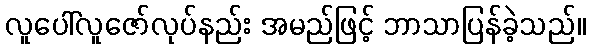
လူပေါ်လူဇော်လုပ်နည်း အမည်ဖြင့် ဘာသာပြန်ခဲ့သည်။